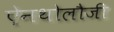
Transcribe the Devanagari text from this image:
ऐनथोलौजी